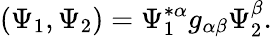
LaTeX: (\Psi_{1},\Psi_{2})=\Psi_{1}^{*\alpha}g_{\alpha\beta}\Psi_{2}^{\beta}.